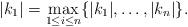
LaTeX: \begin{align*}|k_1|=\max_{1\leq i\leq n}\{|k_1|,\dots,|k_n|\}. \end{align*}